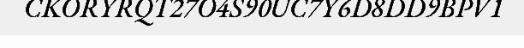
CKORYRQT27O4S90UC7Y6D8DD9BPV1